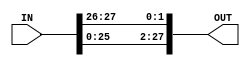
`timescale 1ns / 1ps

module Shift_2(
    output [1:28] OUT,
    input [1:28] IN
    );
    
    assign OUT = {IN[3:28] , IN[1:2]};

endmodule